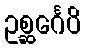
ဥစ္ဆင်္ဂေပိ